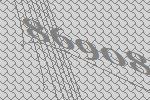
86908